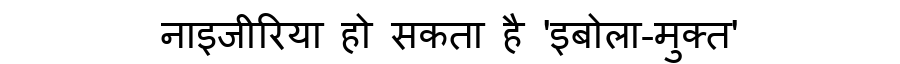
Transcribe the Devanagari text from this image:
नाइजीरिया हो सकता है 'इबोला-मुक्त'